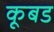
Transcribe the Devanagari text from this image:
कूबड